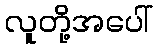
လူတို့အပေါ်